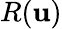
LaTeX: R(\textbf{u})